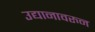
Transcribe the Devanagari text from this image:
उद्यानावरुन